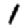
Digit: 1